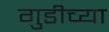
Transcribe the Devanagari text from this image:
गुडीच्या